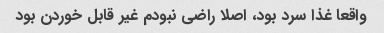
واقعا غذا سرد بود، اصلا راضی نبودم غیر قابل خوردن بود